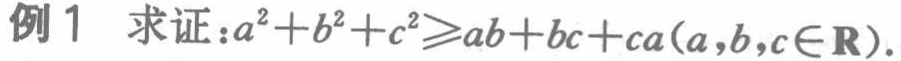
例1 求证：\(a^{2}+b^{2}+c^{2}\geqslant ab + bc + ca(a,b,c\in\mathbf{R})\).